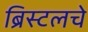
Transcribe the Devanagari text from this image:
ब्रिस्टलचे